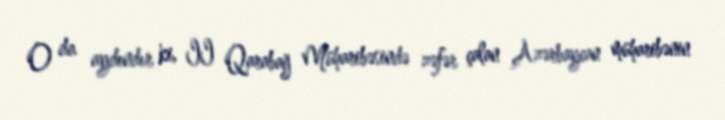
O da aydındır ki, II Qarabağ Müharibəsində zəfər çalan Azərbaycan müharibənin